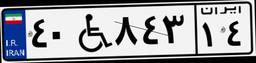
۴۰W۸۴۳۱۴